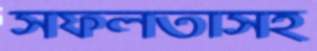
সফলতাসহ